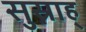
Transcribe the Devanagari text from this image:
सुस्नाह्